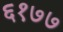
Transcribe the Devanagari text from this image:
६१७७